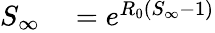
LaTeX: \begin{array}{rl}{S_{\infty}}&{{}=e^{R_{0}(S_{\infty}-1)}}\end{array}